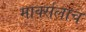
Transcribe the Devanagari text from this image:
मार्क्‍सलाच